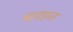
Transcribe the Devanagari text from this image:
बहरहात